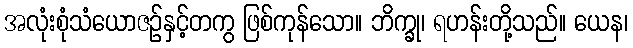
အလုံးစုံသံယောဇဉ်နှင့်တကွ ဖြစ်ကုန်သော။ ဘိက္ခု၊ ရဟန်းတို့သည်။ ယေန၊